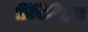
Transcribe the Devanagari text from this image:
प्रिंसिपिइस